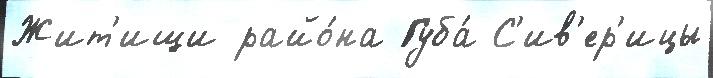
Жит'ищи райо́на Губа́ С'ив'ер'ицы